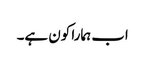
اب ہمارا کون ہے۔